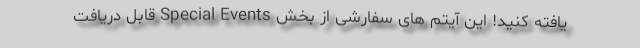
یافته کنید! این آیتم های سفارشی از بخش Special Events قابل دریافت